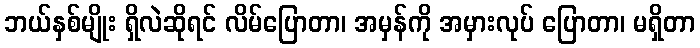
ဘယ်နှစ်မျိုး ရှိလဲဆိုရင် လိမ်ပြောတာ၊ အမှန်ကို အမှားလုပ် ပြောတာ၊ မရှိတာ